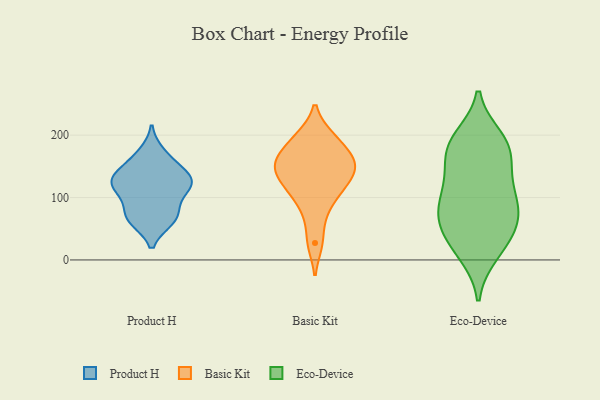
{"axis": {"x": "Budget (USD K)", "y": "Value"}, "legend": ["Basic Kit", "Eco-Device", "Product H"], "data": [{"x": "", "y": 120, "type": "Product H"}, {"x": "", "y": 137, "type": "Product H"}, {"x": "", "y": 135, "type": "Product H"}, {"x": "", "y": 128, "type": "Product H"}, {"x": "", "y": 64, "type": "Product H"}, {"x": "", "y": 64, "type": "Product H"}, {"x": "", "y": 114, "type": "Product H"}, {"x": "", "y": 107, "type": "Product H"}, {"x": "", "y": 75, "type": "Product H"}, {"x": "", "y": 171, "type": "Product H"}, {"x": "", "y": 158, "type": "Product H"}, {"x": "", "y": 124, "type": "Product H"}, {"x": "", "y": 72, "type": "Product H"}, {"x": "", "y": 111, "type": "Basic Kit"}, {"x": "", "y": 153, "type": "Basic Kit"}, {"x": "", "y": 108, "type": "Basic Kit"}, {"x": "", "y": 168, "type": "Basic Kit"}, {"x": "", "y": 74, "type": "Basic Kit"}, {"x": "", "y": 157, "type": "Basic Kit"}, {"x": "", "y": 27, "type": "Basic Kit"}, {"x": "", "y": 195, "type": "Basic Kit"}, {"x": "", "y": 135, "type": "Basic Kit"}, {"x": "", "y": 197, "type": "Basic Kit"}, {"x": "", "y": 133, "type": "Basic Kit"}, {"x": "", "y": 158, "type": "Basic Kit"}, {"x": "", "y": 10, "type": "Eco-Device"}, {"x": "", "y": 63, "type": "Eco-Device"}, {"x": "", "y": 16, "type": "Eco-Device"}, {"x": "", "y": 79, "type": "Eco-Device"}, {"x": "", "y": 40, "type": "Eco-Device"}, {"x": "", "y": 102, "type": "Eco-Device"}, {"x": "", "y": 141, "type": "Eco-Device"}, {"x": "", "y": 72, "type": "Eco-Device"}, {"x": "", "y": 105, "type": "Eco-Device"}, {"x": "", "y": 188, "type": "Eco-Device"}, {"x": "", "y": 41, "type": "Eco-Device"}, {"x": "", "y": 195, "type": "Eco-Device"}, {"x": "", "y": 77, "type": "Eco-Device"}, {"x": "", "y": 186, "type": "Eco-Device"}, {"x": "", "y": 172, "type": "Eco-Device"}, {"x": "", "y": 127, "type": "Eco-Device"}, {"x": "", "y": 173, "type": "Eco-Device"}]}